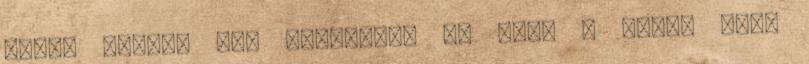
gépbe dugott USB eszközhöz az azon a gépen futó